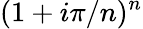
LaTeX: (1+i\pi/n)^{n}